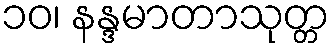
၁၀၊ နန္ဒမာတာသုတ္တ